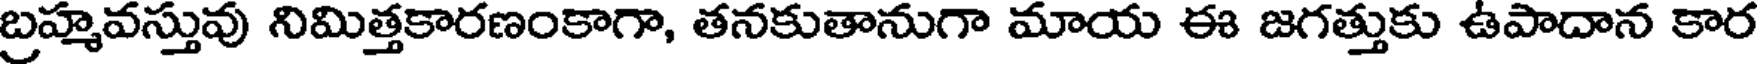
బ్రహ్మవస్తువు నిమిత్తకారణంకాగా, తనకుతానుగా మాయ ఈ జగత్తుకు ఉపాదాన కార